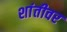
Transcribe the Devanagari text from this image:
शांतीवर